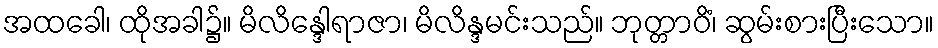
အထခေါ၊ ထိုအခါ၌။ မိလိန္ဒေါရာဇာ၊ မိလိန္ဒမင်းသည်။ ဘုတ္တာဝိံ၊ ဆွမ်းစားပြီးသော။